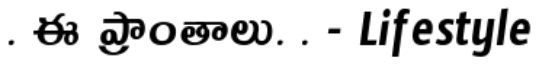
. ఈ ప్రాంతాలు. . - Lifestyle